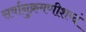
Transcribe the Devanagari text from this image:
सर्वानुक्रमणीशब्दं